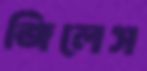
জিলেস